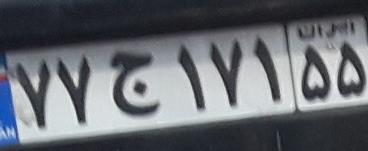
۷۷ج۱۷۱۵۵